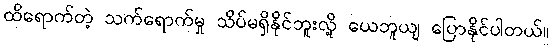
ထိရောက်တဲ့ သက်ရောက်မှု သိပ်မရှိနိုင်ဘူးလို့ ယေဘူယျ ပြောနိုင်ပါတယ်။